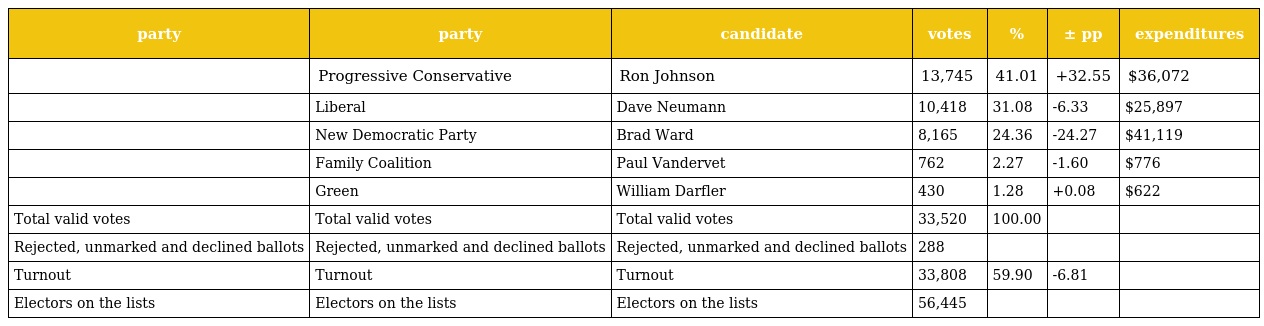
| party | party | candidate | votes | % | ± pp | expenditures |
 | --- | --- | --- | --- | --- | --- | --- |
 |  | Progressive Conservative | Ron Johnson | 13,745 | 41.01 | +32.55 | $36,072 |
 |  | Liberal | Dave Neumann | 10,418 | 31.08 | -6.33 | $25,897 |
 |  | New Democratic Party | Brad Ward | 8,165 | 24.36 | -24.27 | $41,119 |
 |  | Family Coalition | Paul Vandervet | 762 | 2.27 | -1.60 | $776 |
 |  | Green | William Darfler | 430 | 1.28 | +0.08 | $622 |
 | Total valid votes | Total valid votes | Total valid votes | 33,520 | 100.00 |  |  |
 | Rejected, unmarked and declined ballots | Rejected, unmarked and declined ballots | Rejected, unmarked and declined ballots | 288 |  |  |  |
 | Turnout | Turnout | Turnout | 33,808 | 59.90 | -6.81 |  |
 | Electors on the lists | Electors on the lists | Electors on the lists | 56,445 |  |  |  |